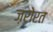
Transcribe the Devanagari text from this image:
ज़रोरत